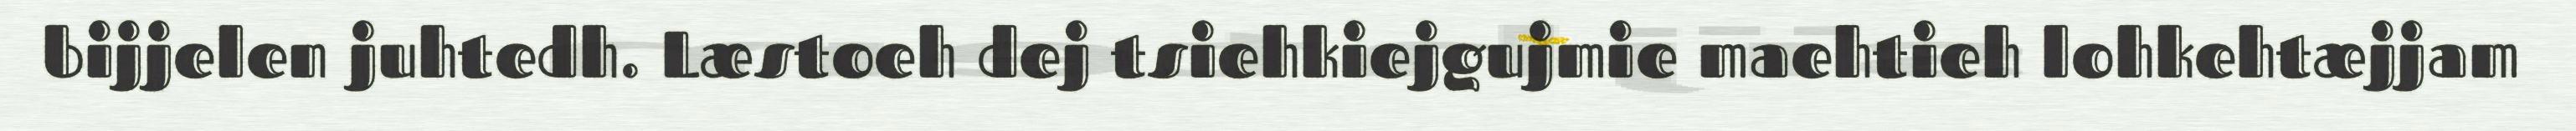
bijjelen juhtedh. Læstoeh dej tsiehkiejgujmie maehtieh lohkehtæjjam